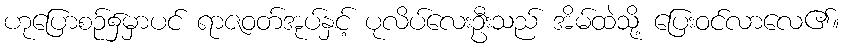
ဟုပြောစဉ်၌မှာပင် ရာဇဝတ်အုပ်နှင့် ပုလိပ်လေးဦးသည် အိမ်ထဲသို့ ပြေးဝင်လာလေ၏။